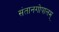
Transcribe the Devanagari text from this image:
संतानगोपालम्